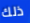
ذلك